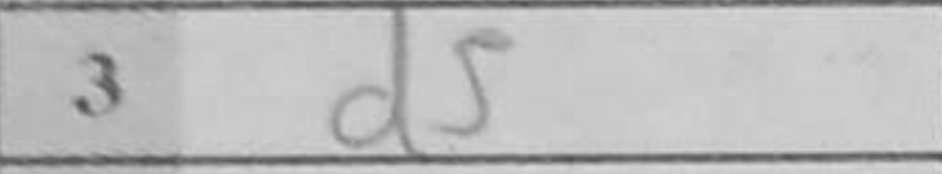
Transcription: d5